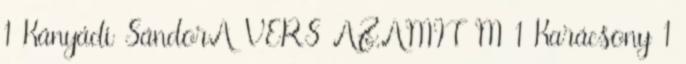
1 Kányádi SándorA VERS AZ,AMIT M 1 Karácsony 1